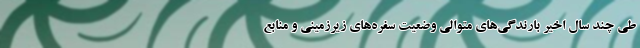
طي چند سال اخير بارندگي‌هاي متوالي وضعيت سفره‌هاي زيرزميني و منابع